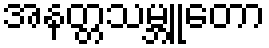
အနတ္တသမ္ဘူတော